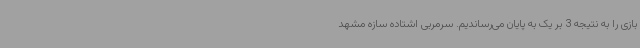
بازی را به نتیجه 3 بر یک به پایان می‌رساندیم. سرمربی اشتاده سازه مشهد